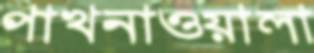
পাখনাওয়ালা